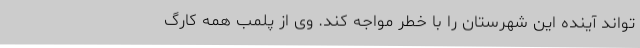
‌تواند آینده این شهرستان را با خطر مواجه کند. وی از پلمب همه کارگ